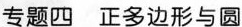
专题四 正多边形与圆